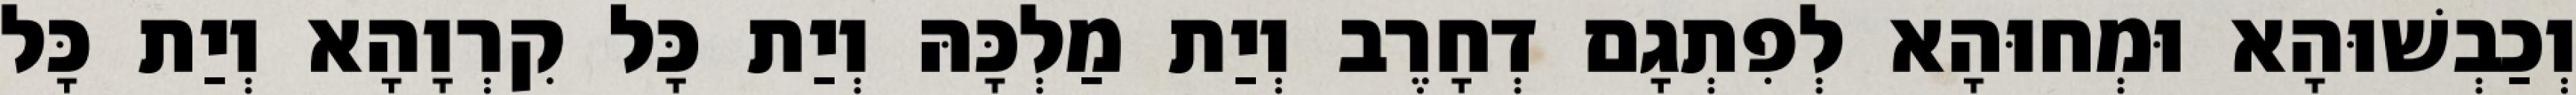
וְכַבְשׁוּהָא וּמְחוּהָא לְפִתְגָם דְחָרֶב וְיַת מַלְכָּהּ וְיַת כָּל קִרְוָהָא וְיַת כָּל